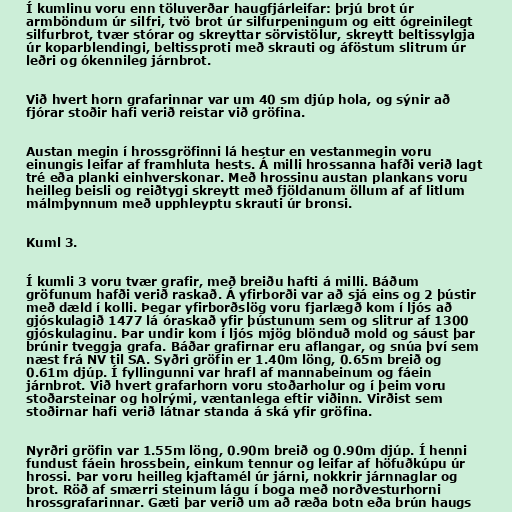
Í kumlinu voru enn töluverðar haugfjárleifar: þrjú brot úr
armböndum úr silfri, tvö brot úr silfurpeningum og eitt ógreinilegt
silfurbrot, tvær stórar og skreyttar sörvistölur, skreytt beltissylgja
úr koparblendingi, beltissproti með skrauti og áföstum slitrum úr
leðri og ókennileg járnbrot.

Við hvert horn grafarinnar var um 40 sm djúp hola, og sýnir að
fjórar stoðir hafi verið reistar við gröfina.

Austan megin í hrossgröfinni lá hestur en vestanmegin voru
einungis leifar af framhluta hests. Á milli hrossanna hafði verið lagt
tré eða planki einhverskonar. Með hrossinu austan plankans voru
heilleg beisli og reiðtygi skreytt með fjöldanum öllum af af litlum
málmþynnum með upphleyptu skrauti úr bronsi.

Kuml 3.

Í kumli 3 voru tvær grafir, með breiðu hafti á milli. Báðum
gröfunum hafði verið raskað. Á yfirborði var að sjá eins og 2 þústir
með dæld í kolli. Þegar yfirborðslög voru fjarlægð kom í ljós að
gjóskulagið 1477 lá óraskað yfir þústunum sem og slitrur af 1300
gjóskulaginu. Þar undir kom í ljós mjög blönduð mold og sáust þar
brúnir tveggja grafa. Báðar grafirnar eru aflangar, og snúa því sem
næst frá NV til SA. Syðri gröfin er 1.40m löng, 0.65m breið og
0.61m djúp. Í fyllingunni var hrafl af mannabeinum og fáein
járnbrot. Við hvert grafarhorn voru stoðarholur og í þeim voru
stoðarsteinar og holrými, væntanlega eftir viðinn. Virðist sem
stoðirnar hafi verið látnar standa á ská yfir gröfina.

Nyrðri gröfin var 1.55m löng, 0.90m breið og 0.90m djúp. Í henni
fundust fáein hrossbein, einkum tennur og leifar af höfuðkúpu úr
hrossi. Þar voru heilleg kjaftamél úr járni, nokkrir járnnaglar og
brot. Röð af smærri steinum lágu í boga með norðvesturhorni
hrossgrafarinnar. Gæti þar verið um að ræða botn eða brún haugs